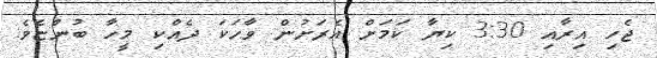
ޖެހި އިރާއި 3:30 ކިޔާ ކަމަށް އެރަށުން ވާހަކަ ދެއްކި މީހާ ބުންޏެވެ.